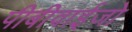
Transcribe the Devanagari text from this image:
पीबीवाईजो